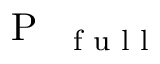
\mathrm { ~ P ~ } _ { \mathrm { ~ \scriptsize ~ f ~ u ~ l ~ l ~ } }